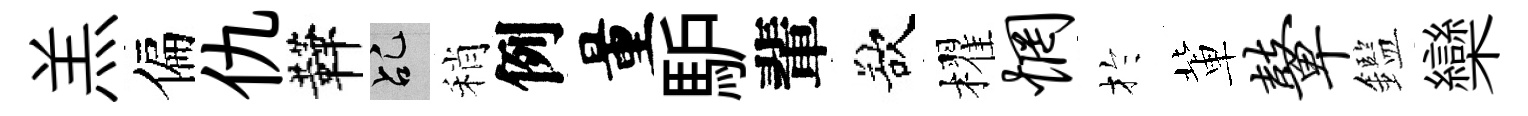
羔偏仇鞾乩稍例量馿輩欲櫂惘扵軰鼙鑑欒